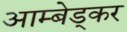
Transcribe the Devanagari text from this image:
आम्बेड्कर